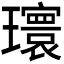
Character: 𪼮